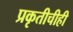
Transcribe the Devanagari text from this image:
प्रकृतीचीही